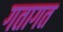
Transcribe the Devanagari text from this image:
गतागत